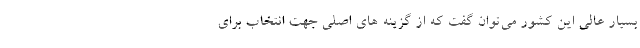
بسیار عالی این کشور می‌توان گفت که از گزینه های اصلی جهت انتخاب برای